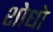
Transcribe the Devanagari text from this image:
शोधो